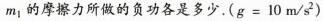
m_{1}的摩擦力所做的负功各是多少。($$g = 1 0 m / s ^ { 2 }$$)